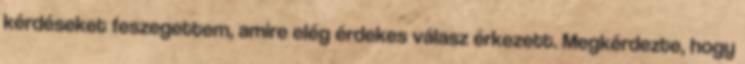
kérdéseket feszegettem, amire elég érdekes válasz érkezett. Megkérdezte, hogy